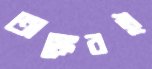
অঙ্কেরই